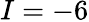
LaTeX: I=-6